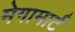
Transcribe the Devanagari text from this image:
मेगामार्ट